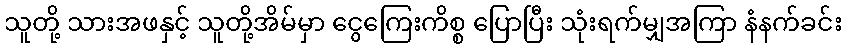
သူတို့ သားအဖနှင့် သူတို့အိမ်မှာ ငွေကြေးကိစ္စ ပြောပြီး သုံးရက်မျှအကြာ နံနက်ခင်း